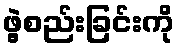
ဖွဲ့စည်းခြင်းကို